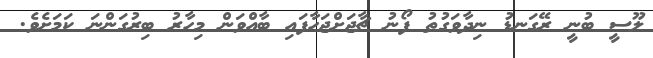
ލޫސީ ބުނީ ރޭގަނޑު ނިދާވަގުތު ފޯނު ޗާޖަށްޖަހާފައި ބާއްވަން މިހާރު ބިރުގަންނަ ކަމަށެވެ.